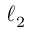
\ell _ { 2 }